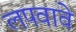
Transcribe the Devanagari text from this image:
लपवावे